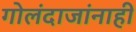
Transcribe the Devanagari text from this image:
गोलंदाजांनाही